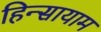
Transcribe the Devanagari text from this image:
हिन्सायाम